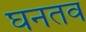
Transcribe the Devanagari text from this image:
घनतव